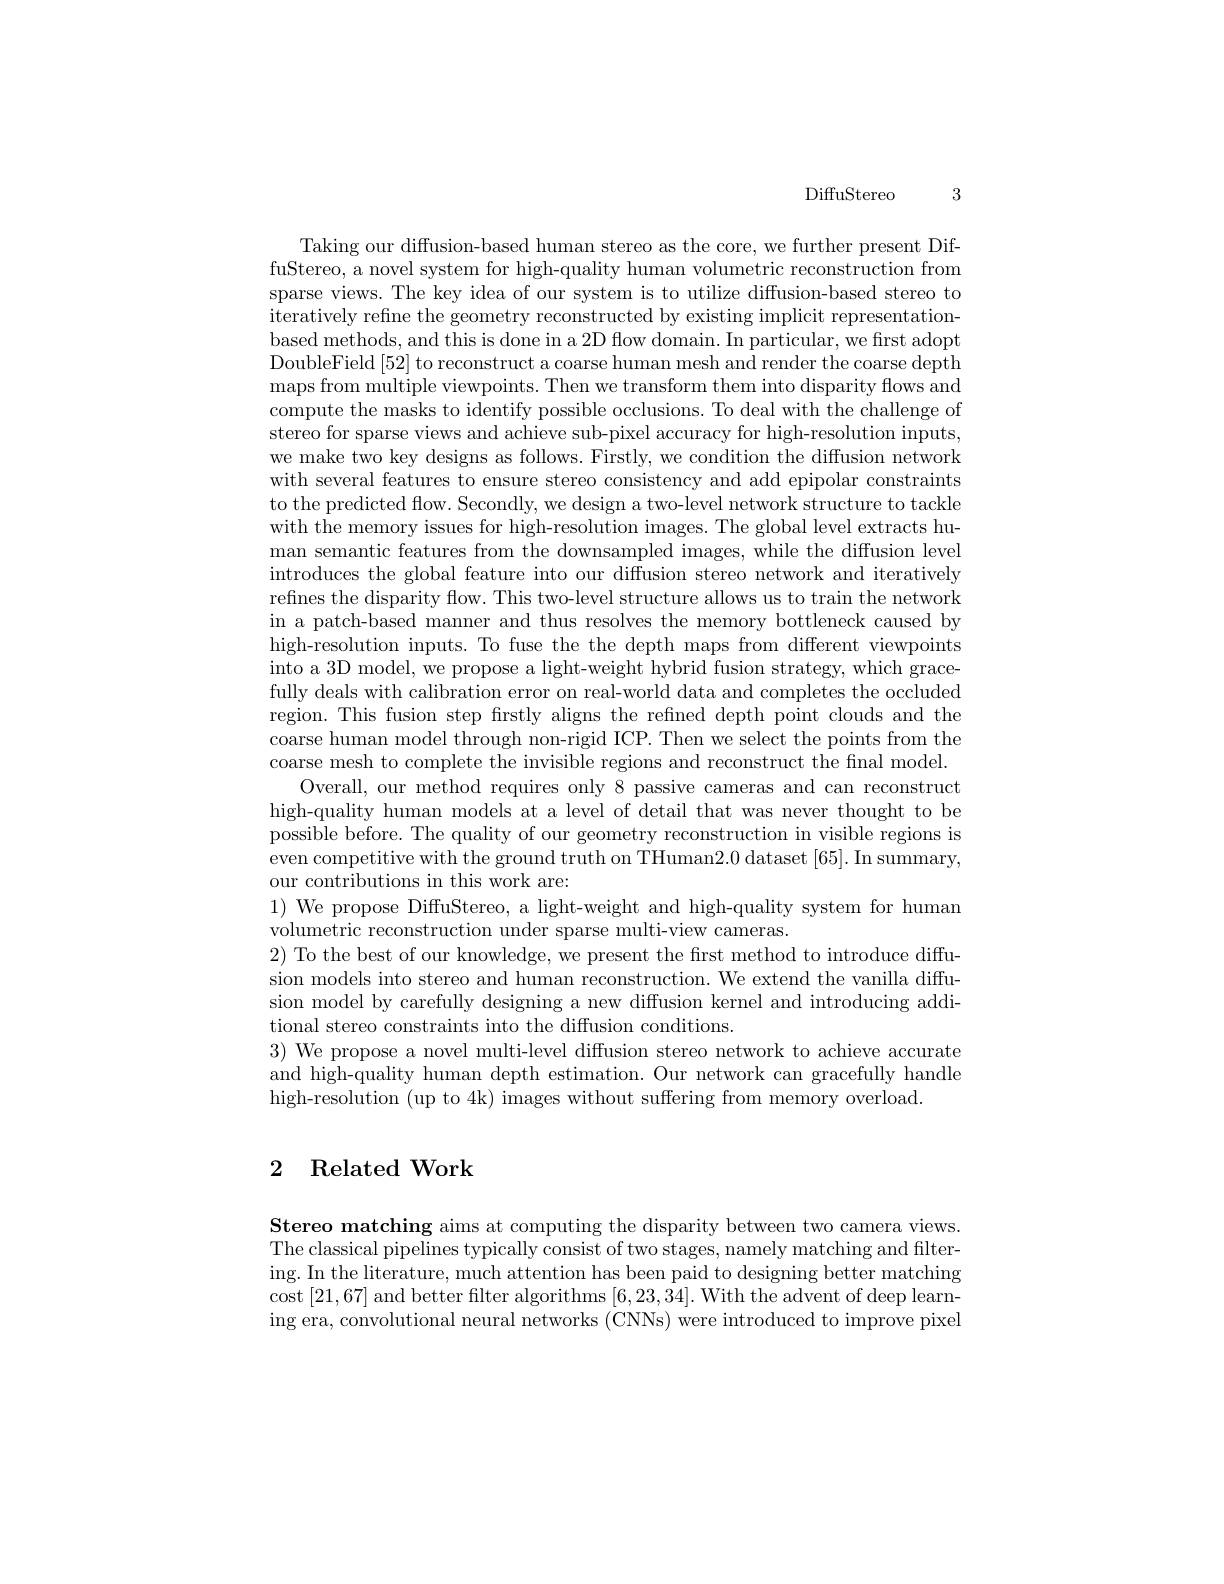
DiffuStereo 3

Taking our diffusion-based human stereo as the core, we further present DiffuStereo, a novel system for high-quality human volumetric reconstruction from sparse views. The key idea of our system is to utilize diffusion-based stereo to iteratively refine the geometry reconstructed by existing implicit representationbased methods, and this is done in a 2D flow domain. In particular, we first adopt DoubleField [52] to reconstruct a coarse human mesh and render the coarse depth maps from multiple viewpoints. Then we transform them into disparity flows and compute the masks to identify possible occlusions. To deal with the challenge of stereo for sparse views and achieve sub-pixel accuracy for high-resolution inputs, we make two key designs as follows. Firstly, we condition the diffusion network with several features to ensure stereo consistency and add epipolar constraints to the predicted flow. Secondly, we design a two-level network structure to tackle with the memory issues for high-resolution images. The global level extracts human semantic features from the downsampled images, while the diffusion level introduces the global feature into our diffusion stereo network and iteratively refnes the disparity flow. This two-level structure allows us to train the network in a patch-based manner and thus resolves the memory bottleneck caused by high-resolution inputs. To fuse the the depth maps from different viewpoints into a 3D model, we propose a light-weight hybrid fusion strategy, which gracefully deals with calibration error on real-world data and completes the occluded region. This fusion step firstly aligns the refined depth point clouds and the coarse human model through non-rigid ICP. Then we select the points from the coarse mesh to complete the invisible regions and reconstruct the final model.
Overall, our method requires only 8 passive cameras and can reconstruct high-quality human models at a level of detail that was never thought to be possible before. The quality of our geometry reconstruction in visible regions is even competitive with the ground truth on THuman2.0 dataset [65]. In summary, our contributions in this work are:
$1){\mathrm{~We~propose~DiffuStereo,~a~light-weight~and~high-quality~system~for~human}}$
volumetric reconstruction under sparse multi-view cameras.
$2){\text{ To the best of our knowledge, we present the first method to introduce diffu-}}$ sion models into stereo and human reconstruction. We extend the vanilla diffusion model by carefully designing a new diffusion kernel and introducing additional stereo constraints into the diffusion conditions.
$3){\text{ We propose a novel multi-level diffusion stereo network to achieve accurate}}$ and high-quality human depth estimation. Our network can gracefully handle high-resolution (up to 4k) images without suffering from memory overload.

## 2 Related Work

Stereo matching aims at computing the disparity between two camera views. The classical pipelines typically consist of two stages, namely matching and filtering. In the literature, much attention has been paid to designing better matching cost [ 21, 67] and better filter algorithms [ 6, 23, 34] . With the advent of deep learn- [ 0. 1] and better filter algorithms [ 6, 23, 34] . With the advent of deep learn- [ 0. 1] and [ 0. 1] and [ 0. 1] and [ 0. 1] and [ 0. 1] and [ 0. 1] and [ 0. 1] and [ 0. 0. 0. 0 [ 0. 0. 0 ing era, convolutional neural networks (CNNs) were introduced to improve pixel